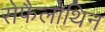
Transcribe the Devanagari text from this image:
सेफैलोथिन